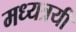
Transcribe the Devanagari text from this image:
मध्यत्रयी